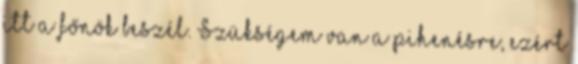
itt a főnök beszél. Szükségem van a pihenésre, ezért